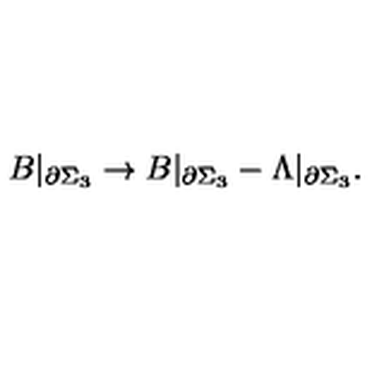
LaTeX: B | _ { \partial \Sigma _ { 3 } } \rightarrow B | _ { \partial \Sigma _ { 3 } } - \Lambda | _ { \partial \Sigma _ { 3 } } .